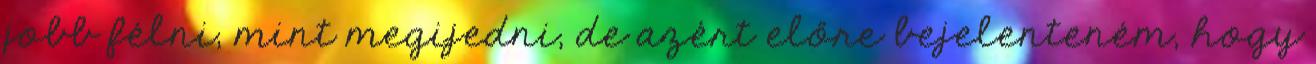
jobb félni, mint megijedni, de azért előre bejelenteném, hogy